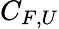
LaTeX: C_{F,U}